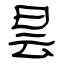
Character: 昙